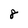
Character: 8